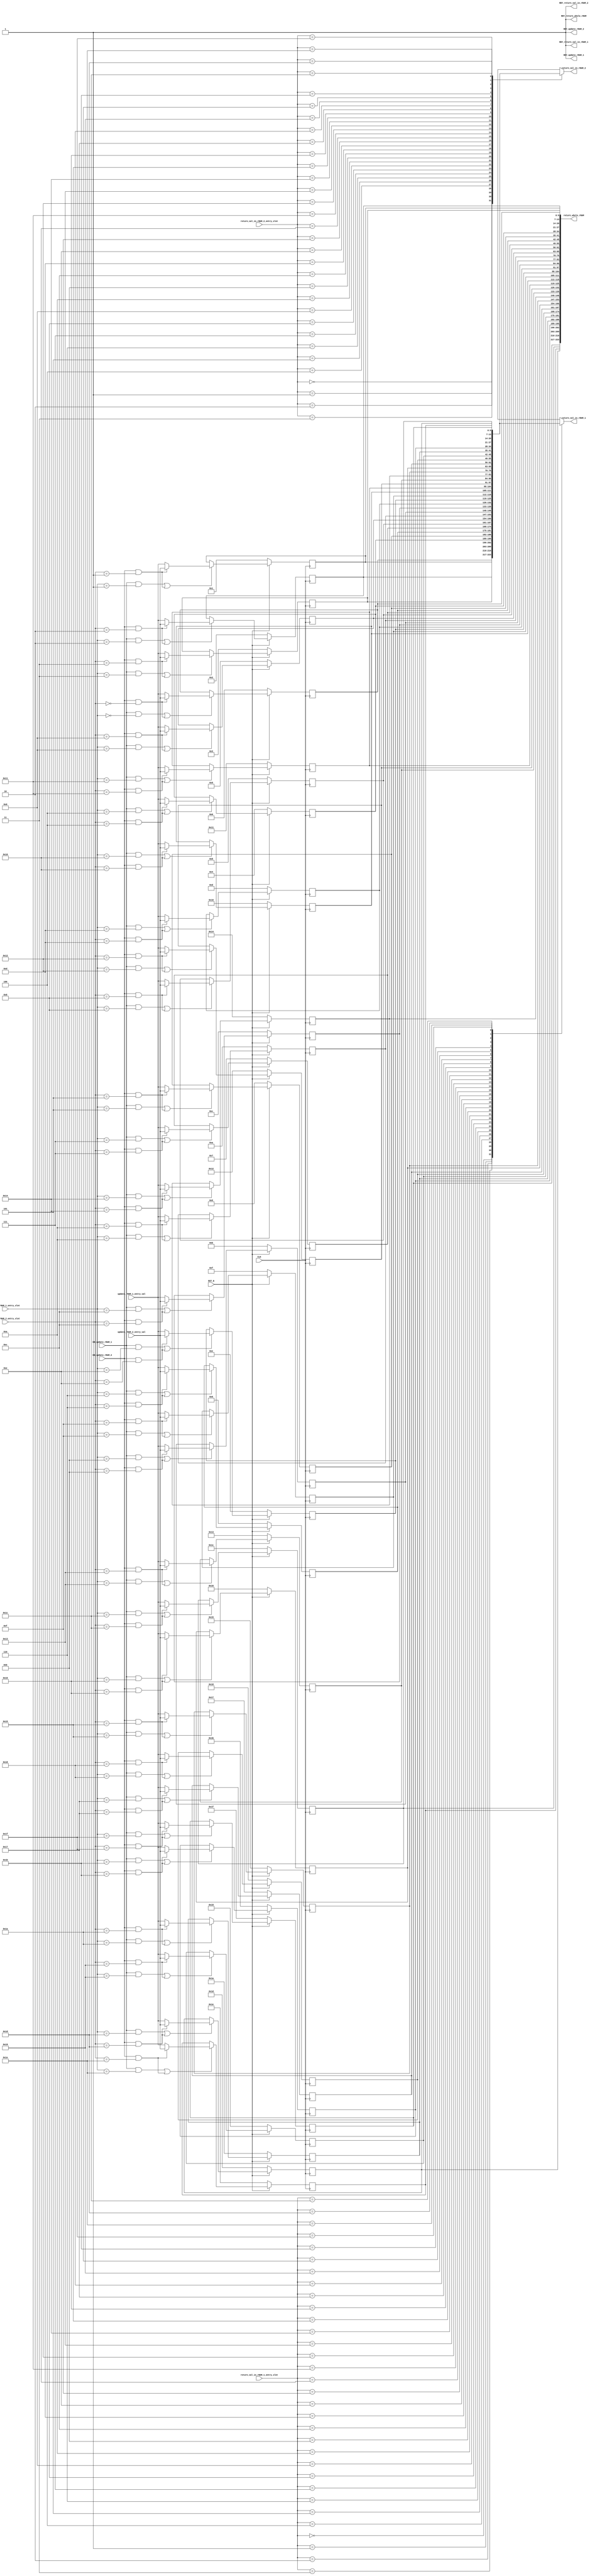
//
// Generated by Bluespec Compiler, version 2014.07.A (build 34078, 2014-07-30)
//
// On Tue Sep 29 16:30:29 IST 2015
//
//
// Ports:
// Name                         I/O  size props
// RDY_update_rRAM_1              O     1 const
// RDY_update_rRAM_2              O     1 const
// return_val_in_rRAM_1           O     7
// RDY_return_val_in_rRAM_1       O     1 const
// return_val_in_rRAM_2           O     7
// RDY_return_val_in_rRAM_2       O     1 const
// return_whole_rRAM              O   224 reg
// RDY_return_whole_rRAM          O     1 const
// CLK                            I     1 clock
// RST_N                          I     1 reset
// update_rRAM_1_entry_slot       I     5
// update_rRAM_1_entry_val        I     7
// update_rRAM_2_entry_slot       I     5
// update_rRAM_2_entry_val        I     7
// return_val_in_rRAM_1_entry_slot  I     5
// return_val_in_rRAM_2_entry_slot  I     5
// EN_update_rRAM_1               I     1
// EN_update_rRAM_2               I     1
//
// Combinational paths from inputs to outputs:
//   return_val_in_rRAM_1_entry_slot -> return_val_in_rRAM_1
//   return_val_in_rRAM_2_entry_slot -> return_val_in_rRAM_2
//
//

`ifdef BSV_ASSIGNMENT_DELAY
`else
  `define BSV_ASSIGNMENT_DELAY
`endif

`ifdef BSV_POSITIVE_RESET
  `define BSV_RESET_VALUE 1'b1
  `define BSV_RESET_EDGE posedge
`else
  `define BSV_RESET_VALUE 1'b0
  `define BSV_RESET_EDGE negedge
`endif

module mkPrf_rRAM(CLK,
		  RST_N,

		  update_rRAM_1_entry_slot,
		  update_rRAM_1_entry_val,
		  EN_update_rRAM_1,
		  RDY_update_rRAM_1,

		  update_rRAM_2_entry_slot,
		  update_rRAM_2_entry_val,
		  EN_update_rRAM_2,
		  RDY_update_rRAM_2,

		  return_val_in_rRAM_1_entry_slot,
		  return_val_in_rRAM_1,
		  RDY_return_val_in_rRAM_1,

		  return_val_in_rRAM_2_entry_slot,
		  return_val_in_rRAM_2,
		  RDY_return_val_in_rRAM_2,

		  return_whole_rRAM,
		  RDY_return_whole_rRAM);
  input  CLK;
  input  RST_N;

  // action method update_rRAM_1
  input  [4 : 0] update_rRAM_1_entry_slot;
  input  [6 : 0] update_rRAM_1_entry_val;
  input  EN_update_rRAM_1;
  output RDY_update_rRAM_1;

  // action method update_rRAM_2
  input  [4 : 0] update_rRAM_2_entry_slot;
  input  [6 : 0] update_rRAM_2_entry_val;
  input  EN_update_rRAM_2;
  output RDY_update_rRAM_2;

  // value method return_val_in_rRAM_1
  input  [4 : 0] return_val_in_rRAM_1_entry_slot;
  output [6 : 0] return_val_in_rRAM_1;
  output RDY_return_val_in_rRAM_1;

  // value method return_val_in_rRAM_2
  input  [4 : 0] return_val_in_rRAM_2_entry_slot;
  output [6 : 0] return_val_in_rRAM_2;
  output RDY_return_val_in_rRAM_2;

  // value method return_whole_rRAM
  output [223 : 0] return_whole_rRAM;
  output RDY_return_whole_rRAM;

  // signals for module outputs
  reg [6 : 0] return_val_in_rRAM_1, return_val_in_rRAM_2;
  wire [223 : 0] return_whole_rRAM;
  wire RDY_return_val_in_rRAM_1,
       RDY_return_val_in_rRAM_2,
       RDY_return_whole_rRAM,
       RDY_update_rRAM_1,
       RDY_update_rRAM_2;

  // register rRAM_0
  reg [6 : 0] rRAM_0;
  wire [6 : 0] rRAM_0$D_IN;
  wire rRAM_0$EN;

  // register rRAM_1
  reg [6 : 0] rRAM_1;
  wire [6 : 0] rRAM_1$D_IN;
  wire rRAM_1$EN;

  // register rRAM_10
  reg [6 : 0] rRAM_10;
  wire [6 : 0] rRAM_10$D_IN;
  wire rRAM_10$EN;

  // register rRAM_11
  reg [6 : 0] rRAM_11;
  wire [6 : 0] rRAM_11$D_IN;
  wire rRAM_11$EN;

  // register rRAM_12
  reg [6 : 0] rRAM_12;
  wire [6 : 0] rRAM_12$D_IN;
  wire rRAM_12$EN;

  // register rRAM_13
  reg [6 : 0] rRAM_13;
  wire [6 : 0] rRAM_13$D_IN;
  wire rRAM_13$EN;

  // register rRAM_14
  reg [6 : 0] rRAM_14;
  wire [6 : 0] rRAM_14$D_IN;
  wire rRAM_14$EN;

  // register rRAM_15
  reg [6 : 0] rRAM_15;
  wire [6 : 0] rRAM_15$D_IN;
  wire rRAM_15$EN;

  // register rRAM_16
  reg [6 : 0] rRAM_16;
  wire [6 : 0] rRAM_16$D_IN;
  wire rRAM_16$EN;

  // register rRAM_17
  reg [6 : 0] rRAM_17;
  wire [6 : 0] rRAM_17$D_IN;
  wire rRAM_17$EN;

  // register rRAM_18
  reg [6 : 0] rRAM_18;
  wire [6 : 0] rRAM_18$D_IN;
  wire rRAM_18$EN;

  // register rRAM_19
  reg [6 : 0] rRAM_19;
  wire [6 : 0] rRAM_19$D_IN;
  wire rRAM_19$EN;

  // register rRAM_2
  reg [6 : 0] rRAM_2;
  wire [6 : 0] rRAM_2$D_IN;
  wire rRAM_2$EN;

  // register rRAM_20
  reg [6 : 0] rRAM_20;
  wire [6 : 0] rRAM_20$D_IN;
  wire rRAM_20$EN;

  // register rRAM_21
  reg [6 : 0] rRAM_21;
  wire [6 : 0] rRAM_21$D_IN;
  wire rRAM_21$EN;

  // register rRAM_22
  reg [6 : 0] rRAM_22;
  wire [6 : 0] rRAM_22$D_IN;
  wire rRAM_22$EN;

  // register rRAM_23
  reg [6 : 0] rRAM_23;
  wire [6 : 0] rRAM_23$D_IN;
  wire rRAM_23$EN;

  // register rRAM_24
  reg [6 : 0] rRAM_24;
  wire [6 : 0] rRAM_24$D_IN;
  wire rRAM_24$EN;

  // register rRAM_25
  reg [6 : 0] rRAM_25;
  wire [6 : 0] rRAM_25$D_IN;
  wire rRAM_25$EN;

  // register rRAM_26
  reg [6 : 0] rRAM_26;
  wire [6 : 0] rRAM_26$D_IN;
  wire rRAM_26$EN;

  // register rRAM_27
  reg [6 : 0] rRAM_27;
  wire [6 : 0] rRAM_27$D_IN;
  wire rRAM_27$EN;

  // register rRAM_28
  reg [6 : 0] rRAM_28;
  wire [6 : 0] rRAM_28$D_IN;
  wire rRAM_28$EN;

  // register rRAM_29
  reg [6 : 0] rRAM_29;
  wire [6 : 0] rRAM_29$D_IN;
  wire rRAM_29$EN;

  // register rRAM_3
  reg [6 : 0] rRAM_3;
  wire [6 : 0] rRAM_3$D_IN;
  wire rRAM_3$EN;

  // register rRAM_30
  reg [6 : 0] rRAM_30;
  wire [6 : 0] rRAM_30$D_IN;
  wire rRAM_30$EN;

  // register rRAM_31
  reg [6 : 0] rRAM_31;
  wire [6 : 0] rRAM_31$D_IN;
  wire rRAM_31$EN;

  // register rRAM_4
  reg [6 : 0] rRAM_4;
  wire [6 : 0] rRAM_4$D_IN;
  wire rRAM_4$EN;

  // register rRAM_5
  reg [6 : 0] rRAM_5;
  wire [6 : 0] rRAM_5$D_IN;
  wire rRAM_5$EN;

  // register rRAM_6
  reg [6 : 0] rRAM_6;
  wire [6 : 0] rRAM_6$D_IN;
  wire rRAM_6$EN;

  // register rRAM_7
  reg [6 : 0] rRAM_7;
  wire [6 : 0] rRAM_7$D_IN;
  wire rRAM_7$EN;

  // register rRAM_8
  reg [6 : 0] rRAM_8;
  wire [6 : 0] rRAM_8$D_IN;
  wire rRAM_8$EN;

  // register rRAM_9
  reg [6 : 0] rRAM_9;
  wire [6 : 0] rRAM_9$D_IN;
  wire rRAM_9$EN;

  // rule scheduling signals
  wire CAN_FIRE_update_rRAM_1,
       CAN_FIRE_update_rRAM_2,
       WILL_FIRE_update_rRAM_1,
       WILL_FIRE_update_rRAM_2;

  // inputs to muxes for submodule ports
  wire MUX_rRAM_0$write_1__SEL_1,
       MUX_rRAM_1$write_1__SEL_1,
       MUX_rRAM_10$write_1__SEL_1,
       MUX_rRAM_11$write_1__SEL_1,
       MUX_rRAM_12$write_1__SEL_1,
       MUX_rRAM_13$write_1__SEL_1,
       MUX_rRAM_14$write_1__SEL_1,
       MUX_rRAM_15$write_1__SEL_1,
       MUX_rRAM_16$write_1__SEL_1,
       MUX_rRAM_17$write_1__SEL_1,
       MUX_rRAM_18$write_1__SEL_1,
       MUX_rRAM_19$write_1__SEL_1,
       MUX_rRAM_2$write_1__SEL_1,
       MUX_rRAM_20$write_1__SEL_1,
       MUX_rRAM_21$write_1__SEL_1,
       MUX_rRAM_22$write_1__SEL_1,
       MUX_rRAM_23$write_1__SEL_1,
       MUX_rRAM_24$write_1__SEL_1,
       MUX_rRAM_25$write_1__SEL_1,
       MUX_rRAM_26$write_1__SEL_1,
       MUX_rRAM_27$write_1__SEL_1,
       MUX_rRAM_28$write_1__SEL_1,
       MUX_rRAM_29$write_1__SEL_1,
       MUX_rRAM_3$write_1__SEL_1,
       MUX_rRAM_30$write_1__SEL_1,
       MUX_rRAM_31$write_1__SEL_1,
       MUX_rRAM_4$write_1__SEL_1,
       MUX_rRAM_5$write_1__SEL_1,
       MUX_rRAM_6$write_1__SEL_1,
       MUX_rRAM_7$write_1__SEL_1,
       MUX_rRAM_8$write_1__SEL_1,
       MUX_rRAM_9$write_1__SEL_1;

  // action method update_rRAM_1
  assign RDY_update_rRAM_1 = 1'd1 ;
  assign CAN_FIRE_update_rRAM_1 = 1'd1 ;
  assign WILL_FIRE_update_rRAM_1 = EN_update_rRAM_1 ;

  // action method update_rRAM_2
  assign RDY_update_rRAM_2 = 1'd1 ;
  assign CAN_FIRE_update_rRAM_2 = 1'd1 ;
  assign WILL_FIRE_update_rRAM_2 = EN_update_rRAM_2 ;

  // value method return_val_in_rRAM_1
  always@(return_val_in_rRAM_1_entry_slot or
	  rRAM_0 or
	  rRAM_1 or
	  rRAM_2 or
	  rRAM_3 or
	  rRAM_4 or
	  rRAM_5 or
	  rRAM_6 or
	  rRAM_7 or
	  rRAM_8 or
	  rRAM_9 or
	  rRAM_10 or
	  rRAM_11 or
	  rRAM_12 or
	  rRAM_13 or
	  rRAM_14 or
	  rRAM_15 or
	  rRAM_16 or
	  rRAM_17 or
	  rRAM_18 or
	  rRAM_19 or
	  rRAM_20 or
	  rRAM_21 or
	  rRAM_22 or
	  rRAM_23 or
	  rRAM_24 or
	  rRAM_25 or
	  rRAM_26 or rRAM_27 or rRAM_28 or rRAM_29 or rRAM_30 or rRAM_31)
  begin
    case (return_val_in_rRAM_1_entry_slot)
      5'd0: return_val_in_rRAM_1 = rRAM_0;
      5'd1: return_val_in_rRAM_1 = rRAM_1;
      5'd2: return_val_in_rRAM_1 = rRAM_2;
      5'd3: return_val_in_rRAM_1 = rRAM_3;
      5'd4: return_val_in_rRAM_1 = rRAM_4;
      5'd5: return_val_in_rRAM_1 = rRAM_5;
      5'd6: return_val_in_rRAM_1 = rRAM_6;
      5'd7: return_val_in_rRAM_1 = rRAM_7;
      5'd8: return_val_in_rRAM_1 = rRAM_8;
      5'd9: return_val_in_rRAM_1 = rRAM_9;
      5'd10: return_val_in_rRAM_1 = rRAM_10;
      5'd11: return_val_in_rRAM_1 = rRAM_11;
      5'd12: return_val_in_rRAM_1 = rRAM_12;
      5'd13: return_val_in_rRAM_1 = rRAM_13;
      5'd14: return_val_in_rRAM_1 = rRAM_14;
      5'd15: return_val_in_rRAM_1 = rRAM_15;
      5'd16: return_val_in_rRAM_1 = rRAM_16;
      5'd17: return_val_in_rRAM_1 = rRAM_17;
      5'd18: return_val_in_rRAM_1 = rRAM_18;
      5'd19: return_val_in_rRAM_1 = rRAM_19;
      5'd20: return_val_in_rRAM_1 = rRAM_20;
      5'd21: return_val_in_rRAM_1 = rRAM_21;
      5'd22: return_val_in_rRAM_1 = rRAM_22;
      5'd23: return_val_in_rRAM_1 = rRAM_23;
      5'd24: return_val_in_rRAM_1 = rRAM_24;
      5'd25: return_val_in_rRAM_1 = rRAM_25;
      5'd26: return_val_in_rRAM_1 = rRAM_26;
      5'd27: return_val_in_rRAM_1 = rRAM_27;
      5'd28: return_val_in_rRAM_1 = rRAM_28;
      5'd29: return_val_in_rRAM_1 = rRAM_29;
      5'd30: return_val_in_rRAM_1 = rRAM_30;
      5'd31: return_val_in_rRAM_1 = rRAM_31;
    endcase
  end
  assign RDY_return_val_in_rRAM_1 = 1'd1 ;

  // value method return_val_in_rRAM_2
  always@(return_val_in_rRAM_2_entry_slot or
	  rRAM_0 or
	  rRAM_1 or
	  rRAM_2 or
	  rRAM_3 or
	  rRAM_4 or
	  rRAM_5 or
	  rRAM_6 or
	  rRAM_7 or
	  rRAM_8 or
	  rRAM_9 or
	  rRAM_10 or
	  rRAM_11 or
	  rRAM_12 or
	  rRAM_13 or
	  rRAM_14 or
	  rRAM_15 or
	  rRAM_16 or
	  rRAM_17 or
	  rRAM_18 or
	  rRAM_19 or
	  rRAM_20 or
	  rRAM_21 or
	  rRAM_22 or
	  rRAM_23 or
	  rRAM_24 or
	  rRAM_25 or
	  rRAM_26 or rRAM_27 or rRAM_28 or rRAM_29 or rRAM_30 or rRAM_31)
  begin
    case (return_val_in_rRAM_2_entry_slot)
      5'd0: return_val_in_rRAM_2 = rRAM_0;
      5'd1: return_val_in_rRAM_2 = rRAM_1;
      5'd2: return_val_in_rRAM_2 = rRAM_2;
      5'd3: return_val_in_rRAM_2 = rRAM_3;
      5'd4: return_val_in_rRAM_2 = rRAM_4;
      5'd5: return_val_in_rRAM_2 = rRAM_5;
      5'd6: return_val_in_rRAM_2 = rRAM_6;
      5'd7: return_val_in_rRAM_2 = rRAM_7;
      5'd8: return_val_in_rRAM_2 = rRAM_8;
      5'd9: return_val_in_rRAM_2 = rRAM_9;
      5'd10: return_val_in_rRAM_2 = rRAM_10;
      5'd11: return_val_in_rRAM_2 = rRAM_11;
      5'd12: return_val_in_rRAM_2 = rRAM_12;
      5'd13: return_val_in_rRAM_2 = rRAM_13;
      5'd14: return_val_in_rRAM_2 = rRAM_14;
      5'd15: return_val_in_rRAM_2 = rRAM_15;
      5'd16: return_val_in_rRAM_2 = rRAM_16;
      5'd17: return_val_in_rRAM_2 = rRAM_17;
      5'd18: return_val_in_rRAM_2 = rRAM_18;
      5'd19: return_val_in_rRAM_2 = rRAM_19;
      5'd20: return_val_in_rRAM_2 = rRAM_20;
      5'd21: return_val_in_rRAM_2 = rRAM_21;
      5'd22: return_val_in_rRAM_2 = rRAM_22;
      5'd23: return_val_in_rRAM_2 = rRAM_23;
      5'd24: return_val_in_rRAM_2 = rRAM_24;
      5'd25: return_val_in_rRAM_2 = rRAM_25;
      5'd26: return_val_in_rRAM_2 = rRAM_26;
      5'd27: return_val_in_rRAM_2 = rRAM_27;
      5'd28: return_val_in_rRAM_2 = rRAM_28;
      5'd29: return_val_in_rRAM_2 = rRAM_29;
      5'd30: return_val_in_rRAM_2 = rRAM_30;
      5'd31: return_val_in_rRAM_2 = rRAM_31;
    endcase
  end
  assign RDY_return_val_in_rRAM_2 = 1'd1 ;

  // value method return_whole_rRAM
  assign return_whole_rRAM =
	     { rRAM_31,
	       rRAM_30,
	       rRAM_29,
	       rRAM_28,
	       rRAM_27,
	       rRAM_26,
	       rRAM_25,
	       rRAM_24,
	       rRAM_23,
	       rRAM_22,
	       rRAM_21,
	       rRAM_20,
	       rRAM_19,
	       rRAM_18,
	       rRAM_17,
	       rRAM_16,
	       rRAM_15,
	       rRAM_14,
	       rRAM_13,
	       rRAM_12,
	       rRAM_11,
	       rRAM_10,
	       rRAM_9,
	       rRAM_8,
	       rRAM_7,
	       rRAM_6,
	       rRAM_5,
	       rRAM_4,
	       rRAM_3,
	       rRAM_2,
	       rRAM_1,
	       rRAM_0 } ;
  assign RDY_return_whole_rRAM = 1'd1 ;

  // inputs to muxes for submodule ports
  assign MUX_rRAM_0$write_1__SEL_1 =
	     EN_update_rRAM_2 && update_rRAM_2_entry_slot == 5'd0 ;
  assign MUX_rRAM_1$write_1__SEL_1 =
	     EN_update_rRAM_2 && update_rRAM_2_entry_slot == 5'd1 ;
  assign MUX_rRAM_10$write_1__SEL_1 =
	     EN_update_rRAM_2 && update_rRAM_2_entry_slot == 5'd10 ;
  assign MUX_rRAM_11$write_1__SEL_1 =
	     EN_update_rRAM_2 && update_rRAM_2_entry_slot == 5'd11 ;
  assign MUX_rRAM_12$write_1__SEL_1 =
	     EN_update_rRAM_2 && update_rRAM_2_entry_slot == 5'd12 ;
  assign MUX_rRAM_13$write_1__SEL_1 =
	     EN_update_rRAM_2 && update_rRAM_2_entry_slot == 5'd13 ;
  assign MUX_rRAM_14$write_1__SEL_1 =
	     EN_update_rRAM_2 && update_rRAM_2_entry_slot == 5'd14 ;
  assign MUX_rRAM_15$write_1__SEL_1 =
	     EN_update_rRAM_2 && update_rRAM_2_entry_slot == 5'd15 ;
  assign MUX_rRAM_16$write_1__SEL_1 =
	     EN_update_rRAM_2 && update_rRAM_2_entry_slot == 5'd16 ;
  assign MUX_rRAM_17$write_1__SEL_1 =
	     EN_update_rRAM_2 && update_rRAM_2_entry_slot == 5'd17 ;
  assign MUX_rRAM_18$write_1__SEL_1 =
	     EN_update_rRAM_2 && update_rRAM_2_entry_slot == 5'd18 ;
  assign MUX_rRAM_19$write_1__SEL_1 =
	     EN_update_rRAM_2 && update_rRAM_2_entry_slot == 5'd19 ;
  assign MUX_rRAM_2$write_1__SEL_1 =
	     EN_update_rRAM_2 && update_rRAM_2_entry_slot == 5'd2 ;
  assign MUX_rRAM_20$write_1__SEL_1 =
	     EN_update_rRAM_2 && update_rRAM_2_entry_slot == 5'd20 ;
  assign MUX_rRAM_21$write_1__SEL_1 =
	     EN_update_rRAM_2 && update_rRAM_2_entry_slot == 5'd21 ;
  assign MUX_rRAM_22$write_1__SEL_1 =
	     EN_update_rRAM_2 && update_rRAM_2_entry_slot == 5'd22 ;
  assign MUX_rRAM_23$write_1__SEL_1 =
	     EN_update_rRAM_2 && update_rRAM_2_entry_slot == 5'd23 ;
  assign MUX_rRAM_24$write_1__SEL_1 =
	     EN_update_rRAM_2 && update_rRAM_2_entry_slot == 5'd24 ;
  assign MUX_rRAM_25$write_1__SEL_1 =
	     EN_update_rRAM_2 && update_rRAM_2_entry_slot == 5'd25 ;
  assign MUX_rRAM_26$write_1__SEL_1 =
	     EN_update_rRAM_2 && update_rRAM_2_entry_slot == 5'd26 ;
  assign MUX_rRAM_27$write_1__SEL_1 =
	     EN_update_rRAM_2 && update_rRAM_2_entry_slot == 5'd27 ;
  assign MUX_rRAM_28$write_1__SEL_1 =
	     EN_update_rRAM_2 && update_rRAM_2_entry_slot == 5'd28 ;
  assign MUX_rRAM_29$write_1__SEL_1 =
	     EN_update_rRAM_2 && update_rRAM_2_entry_slot == 5'd29 ;
  assign MUX_rRAM_3$write_1__SEL_1 =
	     EN_update_rRAM_2 && update_rRAM_2_entry_slot == 5'd3 ;
  assign MUX_rRAM_30$write_1__SEL_1 =
	     EN_update_rRAM_2 && update_rRAM_2_entry_slot == 5'd30 ;
  assign MUX_rRAM_31$write_1__SEL_1 =
	     EN_update_rRAM_2 && update_rRAM_2_entry_slot == 5'd31 ;
  assign MUX_rRAM_4$write_1__SEL_1 =
	     EN_update_rRAM_2 && update_rRAM_2_entry_slot == 5'd4 ;
  assign MUX_rRAM_5$write_1__SEL_1 =
	     EN_update_rRAM_2 && update_rRAM_2_entry_slot == 5'd5 ;
  assign MUX_rRAM_6$write_1__SEL_1 =
	     EN_update_rRAM_2 && update_rRAM_2_entry_slot == 5'd6 ;
  assign MUX_rRAM_7$write_1__SEL_1 =
	     EN_update_rRAM_2 && update_rRAM_2_entry_slot == 5'd7 ;
  assign MUX_rRAM_8$write_1__SEL_1 =
	     EN_update_rRAM_2 && update_rRAM_2_entry_slot == 5'd8 ;
  assign MUX_rRAM_9$write_1__SEL_1 =
	     EN_update_rRAM_2 && update_rRAM_2_entry_slot == 5'd9 ;

  // register rRAM_0
  assign rRAM_0$D_IN =
	     MUX_rRAM_0$write_1__SEL_1 ?
	       update_rRAM_2_entry_val :
	       update_rRAM_1_entry_val ;
  assign rRAM_0$EN =
	     EN_update_rRAM_1 && update_rRAM_1_entry_slot == 5'd0 ||
	     EN_update_rRAM_2 && update_rRAM_2_entry_slot == 5'd0 ;

  // register rRAM_1
  assign rRAM_1$D_IN =
	     MUX_rRAM_1$write_1__SEL_1 ?
	       update_rRAM_2_entry_val :
	       update_rRAM_1_entry_val ;
  assign rRAM_1$EN =
	     EN_update_rRAM_1 && update_rRAM_1_entry_slot == 5'd1 ||
	     EN_update_rRAM_2 && update_rRAM_2_entry_slot == 5'd1 ;

  // register rRAM_10
  assign rRAM_10$D_IN =
	     MUX_rRAM_10$write_1__SEL_1 ?
	       update_rRAM_2_entry_val :
	       update_rRAM_1_entry_val ;
  assign rRAM_10$EN =
	     EN_update_rRAM_1 && update_rRAM_1_entry_slot == 5'd10 ||
	     EN_update_rRAM_2 && update_rRAM_2_entry_slot == 5'd10 ;

  // register rRAM_11
  assign rRAM_11$D_IN =
	     MUX_rRAM_11$write_1__SEL_1 ?
	       update_rRAM_2_entry_val :
	       update_rRAM_1_entry_val ;
  assign rRAM_11$EN =
	     EN_update_rRAM_1 && update_rRAM_1_entry_slot == 5'd11 ||
	     EN_update_rRAM_2 && update_rRAM_2_entry_slot == 5'd11 ;

  // register rRAM_12
  assign rRAM_12$D_IN =
	     MUX_rRAM_12$write_1__SEL_1 ?
	       update_rRAM_2_entry_val :
	       update_rRAM_1_entry_val ;
  assign rRAM_12$EN =
	     EN_update_rRAM_1 && update_rRAM_1_entry_slot == 5'd12 ||
	     EN_update_rRAM_2 && update_rRAM_2_entry_slot == 5'd12 ;

  // register rRAM_13
  assign rRAM_13$D_IN =
	     MUX_rRAM_13$write_1__SEL_1 ?
	       update_rRAM_2_entry_val :
	       update_rRAM_1_entry_val ;
  assign rRAM_13$EN =
	     EN_update_rRAM_1 && update_rRAM_1_entry_slot == 5'd13 ||
	     EN_update_rRAM_2 && update_rRAM_2_entry_slot == 5'd13 ;

  // register rRAM_14
  assign rRAM_14$D_IN =
	     MUX_rRAM_14$write_1__SEL_1 ?
	       update_rRAM_2_entry_val :
	       update_rRAM_1_entry_val ;
  assign rRAM_14$EN =
	     EN_update_rRAM_1 && update_rRAM_1_entry_slot == 5'd14 ||
	     EN_update_rRAM_2 && update_rRAM_2_entry_slot == 5'd14 ;

  // register rRAM_15
  assign rRAM_15$D_IN =
	     MUX_rRAM_15$write_1__SEL_1 ?
	       update_rRAM_2_entry_val :
	       update_rRAM_1_entry_val ;
  assign rRAM_15$EN =
	     EN_update_rRAM_1 && update_rRAM_1_entry_slot == 5'd15 ||
	     EN_update_rRAM_2 && update_rRAM_2_entry_slot == 5'd15 ;

  // register rRAM_16
  assign rRAM_16$D_IN =
	     MUX_rRAM_16$write_1__SEL_1 ?
	       update_rRAM_2_entry_val :
	       update_rRAM_1_entry_val ;
  assign rRAM_16$EN =
	     EN_update_rRAM_1 && update_rRAM_1_entry_slot == 5'd16 ||
	     EN_update_rRAM_2 && update_rRAM_2_entry_slot == 5'd16 ;

  // register rRAM_17
  assign rRAM_17$D_IN =
	     MUX_rRAM_17$write_1__SEL_1 ?
	       update_rRAM_2_entry_val :
	       update_rRAM_1_entry_val ;
  assign rRAM_17$EN =
	     EN_update_rRAM_1 && update_rRAM_1_entry_slot == 5'd17 ||
	     EN_update_rRAM_2 && update_rRAM_2_entry_slot == 5'd17 ;

  // register rRAM_18
  assign rRAM_18$D_IN =
	     MUX_rRAM_18$write_1__SEL_1 ?
	       update_rRAM_2_entry_val :
	       update_rRAM_1_entry_val ;
  assign rRAM_18$EN =
	     EN_update_rRAM_1 && update_rRAM_1_entry_slot == 5'd18 ||
	     EN_update_rRAM_2 && update_rRAM_2_entry_slot == 5'd18 ;

  // register rRAM_19
  assign rRAM_19$D_IN =
	     MUX_rRAM_19$write_1__SEL_1 ?
	       update_rRAM_2_entry_val :
	       update_rRAM_1_entry_val ;
  assign rRAM_19$EN =
	     EN_update_rRAM_1 && update_rRAM_1_entry_slot == 5'd19 ||
	     EN_update_rRAM_2 && update_rRAM_2_entry_slot == 5'd19 ;

  // register rRAM_2
  assign rRAM_2$D_IN =
	     MUX_rRAM_2$write_1__SEL_1 ?
	       update_rRAM_2_entry_val :
	       update_rRAM_1_entry_val ;
  assign rRAM_2$EN =
	     EN_update_rRAM_1 && update_rRAM_1_entry_slot == 5'd2 ||
	     EN_update_rRAM_2 && update_rRAM_2_entry_slot == 5'd2 ;

  // register rRAM_20
  assign rRAM_20$D_IN =
	     MUX_rRAM_20$write_1__SEL_1 ?
	       update_rRAM_2_entry_val :
	       update_rRAM_1_entry_val ;
  assign rRAM_20$EN =
	     EN_update_rRAM_1 && update_rRAM_1_entry_slot == 5'd20 ||
	     EN_update_rRAM_2 && update_rRAM_2_entry_slot == 5'd20 ;

  // register rRAM_21
  assign rRAM_21$D_IN =
	     MUX_rRAM_21$write_1__SEL_1 ?
	       update_rRAM_2_entry_val :
	       update_rRAM_1_entry_val ;
  assign rRAM_21$EN =
	     EN_update_rRAM_1 && update_rRAM_1_entry_slot == 5'd21 ||
	     EN_update_rRAM_2 && update_rRAM_2_entry_slot == 5'd21 ;

  // register rRAM_22
  assign rRAM_22$D_IN =
	     MUX_rRAM_22$write_1__SEL_1 ?
	       update_rRAM_2_entry_val :
	       update_rRAM_1_entry_val ;
  assign rRAM_22$EN =
	     EN_update_rRAM_1 && update_rRAM_1_entry_slot == 5'd22 ||
	     EN_update_rRAM_2 && update_rRAM_2_entry_slot == 5'd22 ;

  // register rRAM_23
  assign rRAM_23$D_IN =
	     MUX_rRAM_23$write_1__SEL_1 ?
	       update_rRAM_2_entry_val :
	       update_rRAM_1_entry_val ;
  assign rRAM_23$EN =
	     EN_update_rRAM_1 && update_rRAM_1_entry_slot == 5'd23 ||
	     EN_update_rRAM_2 && update_rRAM_2_entry_slot == 5'd23 ;

  // register rRAM_24
  assign rRAM_24$D_IN =
	     MUX_rRAM_24$write_1__SEL_1 ?
	       update_rRAM_2_entry_val :
	       update_rRAM_1_entry_val ;
  assign rRAM_24$EN =
	     EN_update_rRAM_1 && update_rRAM_1_entry_slot == 5'd24 ||
	     EN_update_rRAM_2 && update_rRAM_2_entry_slot == 5'd24 ;

  // register rRAM_25
  assign rRAM_25$D_IN =
	     MUX_rRAM_25$write_1__SEL_1 ?
	       update_rRAM_2_entry_val :
	       update_rRAM_1_entry_val ;
  assign rRAM_25$EN =
	     EN_update_rRAM_1 && update_rRAM_1_entry_slot == 5'd25 ||
	     EN_update_rRAM_2 && update_rRAM_2_entry_slot == 5'd25 ;

  // register rRAM_26
  assign rRAM_26$D_IN =
	     MUX_rRAM_26$write_1__SEL_1 ?
	       update_rRAM_2_entry_val :
	       update_rRAM_1_entry_val ;
  assign rRAM_26$EN =
	     EN_update_rRAM_1 && update_rRAM_1_entry_slot == 5'd26 ||
	     EN_update_rRAM_2 && update_rRAM_2_entry_slot == 5'd26 ;

  // register rRAM_27
  assign rRAM_27$D_IN =
	     MUX_rRAM_27$write_1__SEL_1 ?
	       update_rRAM_2_entry_val :
	       update_rRAM_1_entry_val ;
  assign rRAM_27$EN =
	     EN_update_rRAM_1 && update_rRAM_1_entry_slot == 5'd27 ||
	     EN_update_rRAM_2 && update_rRAM_2_entry_slot == 5'd27 ;

  // register rRAM_28
  assign rRAM_28$D_IN =
	     MUX_rRAM_28$write_1__SEL_1 ?
	       update_rRAM_2_entry_val :
	       update_rRAM_1_entry_val ;
  assign rRAM_28$EN =
	     EN_update_rRAM_1 && update_rRAM_1_entry_slot == 5'd28 ||
	     EN_update_rRAM_2 && update_rRAM_2_entry_slot == 5'd28 ;

  // register rRAM_29
  assign rRAM_29$D_IN =
	     MUX_rRAM_29$write_1__SEL_1 ?
	       update_rRAM_2_entry_val :
	       update_rRAM_1_entry_val ;
  assign rRAM_29$EN =
	     EN_update_rRAM_1 && update_rRAM_1_entry_slot == 5'd29 ||
	     EN_update_rRAM_2 && update_rRAM_2_entry_slot == 5'd29 ;

  // register rRAM_3
  assign rRAM_3$D_IN =
	     MUX_rRAM_3$write_1__SEL_1 ?
	       update_rRAM_2_entry_val :
	       update_rRAM_1_entry_val ;
  assign rRAM_3$EN =
	     EN_update_rRAM_1 && update_rRAM_1_entry_slot == 5'd3 ||
	     EN_update_rRAM_2 && update_rRAM_2_entry_slot == 5'd3 ;

  // register rRAM_30
  assign rRAM_30$D_IN =
	     MUX_rRAM_30$write_1__SEL_1 ?
	       update_rRAM_2_entry_val :
	       update_rRAM_1_entry_val ;
  assign rRAM_30$EN =
	     EN_update_rRAM_1 && update_rRAM_1_entry_slot == 5'd30 ||
	     EN_update_rRAM_2 && update_rRAM_2_entry_slot == 5'd30 ;

  // register rRAM_31
  assign rRAM_31$D_IN =
	     MUX_rRAM_31$write_1__SEL_1 ?
	       update_rRAM_2_entry_val :
	       update_rRAM_1_entry_val ;
  assign rRAM_31$EN =
	     EN_update_rRAM_1 && update_rRAM_1_entry_slot == 5'd31 ||
	     EN_update_rRAM_2 && update_rRAM_2_entry_slot == 5'd31 ;

  // register rRAM_4
  assign rRAM_4$D_IN =
	     MUX_rRAM_4$write_1__SEL_1 ?
	       update_rRAM_2_entry_val :
	       update_rRAM_1_entry_val ;
  assign rRAM_4$EN =
	     EN_update_rRAM_1 && update_rRAM_1_entry_slot == 5'd4 ||
	     EN_update_rRAM_2 && update_rRAM_2_entry_slot == 5'd4 ;

  // register rRAM_5
  assign rRAM_5$D_IN =
	     MUX_rRAM_5$write_1__SEL_1 ?
	       update_rRAM_2_entry_val :
	       update_rRAM_1_entry_val ;
  assign rRAM_5$EN =
	     EN_update_rRAM_1 && update_rRAM_1_entry_slot == 5'd5 ||
	     EN_update_rRAM_2 && update_rRAM_2_entry_slot == 5'd5 ;

  // register rRAM_6
  assign rRAM_6$D_IN =
	     MUX_rRAM_6$write_1__SEL_1 ?
	       update_rRAM_2_entry_val :
	       update_rRAM_1_entry_val ;
  assign rRAM_6$EN =
	     EN_update_rRAM_1 && update_rRAM_1_entry_slot == 5'd6 ||
	     EN_update_rRAM_2 && update_rRAM_2_entry_slot == 5'd6 ;

  // register rRAM_7
  assign rRAM_7$D_IN =
	     MUX_rRAM_7$write_1__SEL_1 ?
	       update_rRAM_2_entry_val :
	       update_rRAM_1_entry_val ;
  assign rRAM_7$EN =
	     EN_update_rRAM_1 && update_rRAM_1_entry_slot == 5'd7 ||
	     EN_update_rRAM_2 && update_rRAM_2_entry_slot == 5'd7 ;

  // register rRAM_8
  assign rRAM_8$D_IN =
	     MUX_rRAM_8$write_1__SEL_1 ?
	       update_rRAM_2_entry_val :
	       update_rRAM_1_entry_val ;
  assign rRAM_8$EN =
	     EN_update_rRAM_1 && update_rRAM_1_entry_slot == 5'd8 ||
	     EN_update_rRAM_2 && update_rRAM_2_entry_slot == 5'd8 ;

  // register rRAM_9
  assign rRAM_9$D_IN =
	     MUX_rRAM_9$write_1__SEL_1 ?
	       update_rRAM_2_entry_val :
	       update_rRAM_1_entry_val ;
  assign rRAM_9$EN =
	     EN_update_rRAM_1 && update_rRAM_1_entry_slot == 5'd9 ||
	     EN_update_rRAM_2 && update_rRAM_2_entry_slot == 5'd9 ;

  // handling of inlined registers

  always@(posedge CLK)
  begin
    if (RST_N == `BSV_RESET_VALUE)
      begin
        rRAM_0 <= `BSV_ASSIGNMENT_DELAY 7'd0;
	rRAM_1 <= `BSV_ASSIGNMENT_DELAY 7'd1;
	rRAM_10 <= `BSV_ASSIGNMENT_DELAY 7'd10;
	rRAM_11 <= `BSV_ASSIGNMENT_DELAY 7'd11;
	rRAM_12 <= `BSV_ASSIGNMENT_DELAY 7'd12;
	rRAM_13 <= `BSV_ASSIGNMENT_DELAY 7'd13;
	rRAM_14 <= `BSV_ASSIGNMENT_DELAY 7'd14;
	rRAM_15 <= `BSV_ASSIGNMENT_DELAY 7'd15;
	rRAM_16 <= `BSV_ASSIGNMENT_DELAY 7'd16;
	rRAM_17 <= `BSV_ASSIGNMENT_DELAY 7'd17;
	rRAM_18 <= `BSV_ASSIGNMENT_DELAY 7'd18;
	rRAM_19 <= `BSV_ASSIGNMENT_DELAY 7'd19;
	rRAM_2 <= `BSV_ASSIGNMENT_DELAY 7'd2;
	rRAM_20 <= `BSV_ASSIGNMENT_DELAY 7'd20;
	rRAM_21 <= `BSV_ASSIGNMENT_DELAY 7'd21;
	rRAM_22 <= `BSV_ASSIGNMENT_DELAY 7'd22;
	rRAM_23 <= `BSV_ASSIGNMENT_DELAY 7'd23;
	rRAM_24 <= `BSV_ASSIGNMENT_DELAY 7'd24;
	rRAM_25 <= `BSV_ASSIGNMENT_DELAY 7'd25;
	rRAM_26 <= `BSV_ASSIGNMENT_DELAY 7'd26;
	rRAM_27 <= `BSV_ASSIGNMENT_DELAY 7'd27;
	rRAM_28 <= `BSV_ASSIGNMENT_DELAY 7'd28;
	rRAM_29 <= `BSV_ASSIGNMENT_DELAY 7'd29;
	rRAM_3 <= `BSV_ASSIGNMENT_DELAY 7'd3;
	rRAM_30 <= `BSV_ASSIGNMENT_DELAY 7'd30;
	rRAM_31 <= `BSV_ASSIGNMENT_DELAY 7'd31;
	rRAM_4 <= `BSV_ASSIGNMENT_DELAY 7'd4;
	rRAM_5 <= `BSV_ASSIGNMENT_DELAY 7'd5;
	rRAM_6 <= `BSV_ASSIGNMENT_DELAY 7'd6;
	rRAM_7 <= `BSV_ASSIGNMENT_DELAY 7'd7;
	rRAM_8 <= `BSV_ASSIGNMENT_DELAY 7'd8;
	rRAM_9 <= `BSV_ASSIGNMENT_DELAY 7'd9;
      end
    else
      begin
        if (rRAM_0$EN) rRAM_0 <= `BSV_ASSIGNMENT_DELAY rRAM_0$D_IN;
	if (rRAM_1$EN) rRAM_1 <= `BSV_ASSIGNMENT_DELAY rRAM_1$D_IN;
	if (rRAM_10$EN) rRAM_10 <= `BSV_ASSIGNMENT_DELAY rRAM_10$D_IN;
	if (rRAM_11$EN) rRAM_11 <= `BSV_ASSIGNMENT_DELAY rRAM_11$D_IN;
	if (rRAM_12$EN) rRAM_12 <= `BSV_ASSIGNMENT_DELAY rRAM_12$D_IN;
	if (rRAM_13$EN) rRAM_13 <= `BSV_ASSIGNMENT_DELAY rRAM_13$D_IN;
	if (rRAM_14$EN) rRAM_14 <= `BSV_ASSIGNMENT_DELAY rRAM_14$D_IN;
	if (rRAM_15$EN) rRAM_15 <= `BSV_ASSIGNMENT_DELAY rRAM_15$D_IN;
	if (rRAM_16$EN) rRAM_16 <= `BSV_ASSIGNMENT_DELAY rRAM_16$D_IN;
	if (rRAM_17$EN) rRAM_17 <= `BSV_ASSIGNMENT_DELAY rRAM_17$D_IN;
	if (rRAM_18$EN) rRAM_18 <= `BSV_ASSIGNMENT_DELAY rRAM_18$D_IN;
	if (rRAM_19$EN) rRAM_19 <= `BSV_ASSIGNMENT_DELAY rRAM_19$D_IN;
	if (rRAM_2$EN) rRAM_2 <= `BSV_ASSIGNMENT_DELAY rRAM_2$D_IN;
	if (rRAM_20$EN) rRAM_20 <= `BSV_ASSIGNMENT_DELAY rRAM_20$D_IN;
	if (rRAM_21$EN) rRAM_21 <= `BSV_ASSIGNMENT_DELAY rRAM_21$D_IN;
	if (rRAM_22$EN) rRAM_22 <= `BSV_ASSIGNMENT_DELAY rRAM_22$D_IN;
	if (rRAM_23$EN) rRAM_23 <= `BSV_ASSIGNMENT_DELAY rRAM_23$D_IN;
	if (rRAM_24$EN) rRAM_24 <= `BSV_ASSIGNMENT_DELAY rRAM_24$D_IN;
	if (rRAM_25$EN) rRAM_25 <= `BSV_ASSIGNMENT_DELAY rRAM_25$D_IN;
	if (rRAM_26$EN) rRAM_26 <= `BSV_ASSIGNMENT_DELAY rRAM_26$D_IN;
	if (rRAM_27$EN) rRAM_27 <= `BSV_ASSIGNMENT_DELAY rRAM_27$D_IN;
	if (rRAM_28$EN) rRAM_28 <= `BSV_ASSIGNMENT_DELAY rRAM_28$D_IN;
	if (rRAM_29$EN) rRAM_29 <= `BSV_ASSIGNMENT_DELAY rRAM_29$D_IN;
	if (rRAM_3$EN) rRAM_3 <= `BSV_ASSIGNMENT_DELAY rRAM_3$D_IN;
	if (rRAM_30$EN) rRAM_30 <= `BSV_ASSIGNMENT_DELAY rRAM_30$D_IN;
	if (rRAM_31$EN) rRAM_31 <= `BSV_ASSIGNMENT_DELAY rRAM_31$D_IN;
	if (rRAM_4$EN) rRAM_4 <= `BSV_ASSIGNMENT_DELAY rRAM_4$D_IN;
	if (rRAM_5$EN) rRAM_5 <= `BSV_ASSIGNMENT_DELAY rRAM_5$D_IN;
	if (rRAM_6$EN) rRAM_6 <= `BSV_ASSIGNMENT_DELAY rRAM_6$D_IN;
	if (rRAM_7$EN) rRAM_7 <= `BSV_ASSIGNMENT_DELAY rRAM_7$D_IN;
	if (rRAM_8$EN) rRAM_8 <= `BSV_ASSIGNMENT_DELAY rRAM_8$D_IN;
	if (rRAM_9$EN) rRAM_9 <= `BSV_ASSIGNMENT_DELAY rRAM_9$D_IN;
      end
  end

  // synopsys translate_off
  `ifdef BSV_NO_INITIAL_BLOCKS
  `else // not BSV_NO_INITIAL_BLOCKS
  initial
  begin
    rRAM_0 = 7'h2A;
    rRAM_1 = 7'h2A;
    rRAM_10 = 7'h2A;
    rRAM_11 = 7'h2A;
    rRAM_12 = 7'h2A;
    rRAM_13 = 7'h2A;
    rRAM_14 = 7'h2A;
    rRAM_15 = 7'h2A;
    rRAM_16 = 7'h2A;
    rRAM_17 = 7'h2A;
    rRAM_18 = 7'h2A;
    rRAM_19 = 7'h2A;
    rRAM_2 = 7'h2A;
    rRAM_20 = 7'h2A;
    rRAM_21 = 7'h2A;
    rRAM_22 = 7'h2A;
    rRAM_23 = 7'h2A;
    rRAM_24 = 7'h2A;
    rRAM_25 = 7'h2A;
    rRAM_26 = 7'h2A;
    rRAM_27 = 7'h2A;
    rRAM_28 = 7'h2A;
    rRAM_29 = 7'h2A;
    rRAM_3 = 7'h2A;
    rRAM_30 = 7'h2A;
    rRAM_31 = 7'h2A;
    rRAM_4 = 7'h2A;
    rRAM_5 = 7'h2A;
    rRAM_6 = 7'h2A;
    rRAM_7 = 7'h2A;
    rRAM_8 = 7'h2A;
    rRAM_9 = 7'h2A;
  end
  `endif // BSV_NO_INITIAL_BLOCKS
  // synopsys translate_on
endmodule  // mkPrf_rRAM